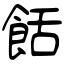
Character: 餂